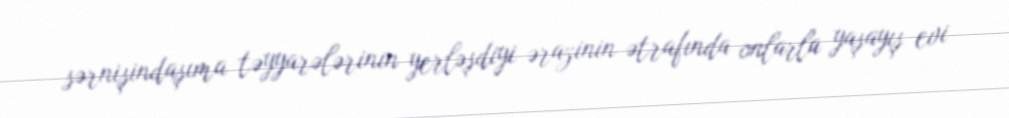
sərnişindaşıma təyyarələrinin yerləşdiyi ərazinin ətrafında onlarla yaşayış evi